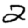
Digit: 2